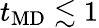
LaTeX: t_{\mathrm{MD}}\lesssim 1